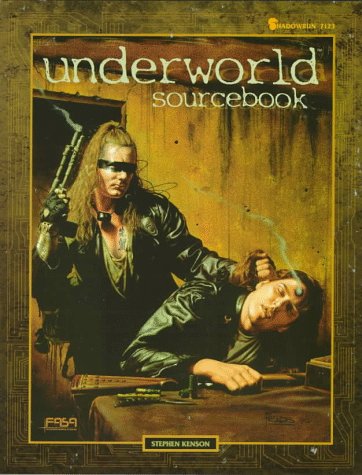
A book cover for Underworld Sourcebook (Shadowrun); FASA Corporation; Science Fiction & Fantasy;